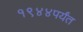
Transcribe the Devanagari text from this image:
१९४४पर्यंत